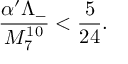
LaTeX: \frac { \alpha ^ { \prime } \Lambda _ { - } } { M _ { 7 } ^ { 1 0 } } < \frac { 5 } { 2 4 } .